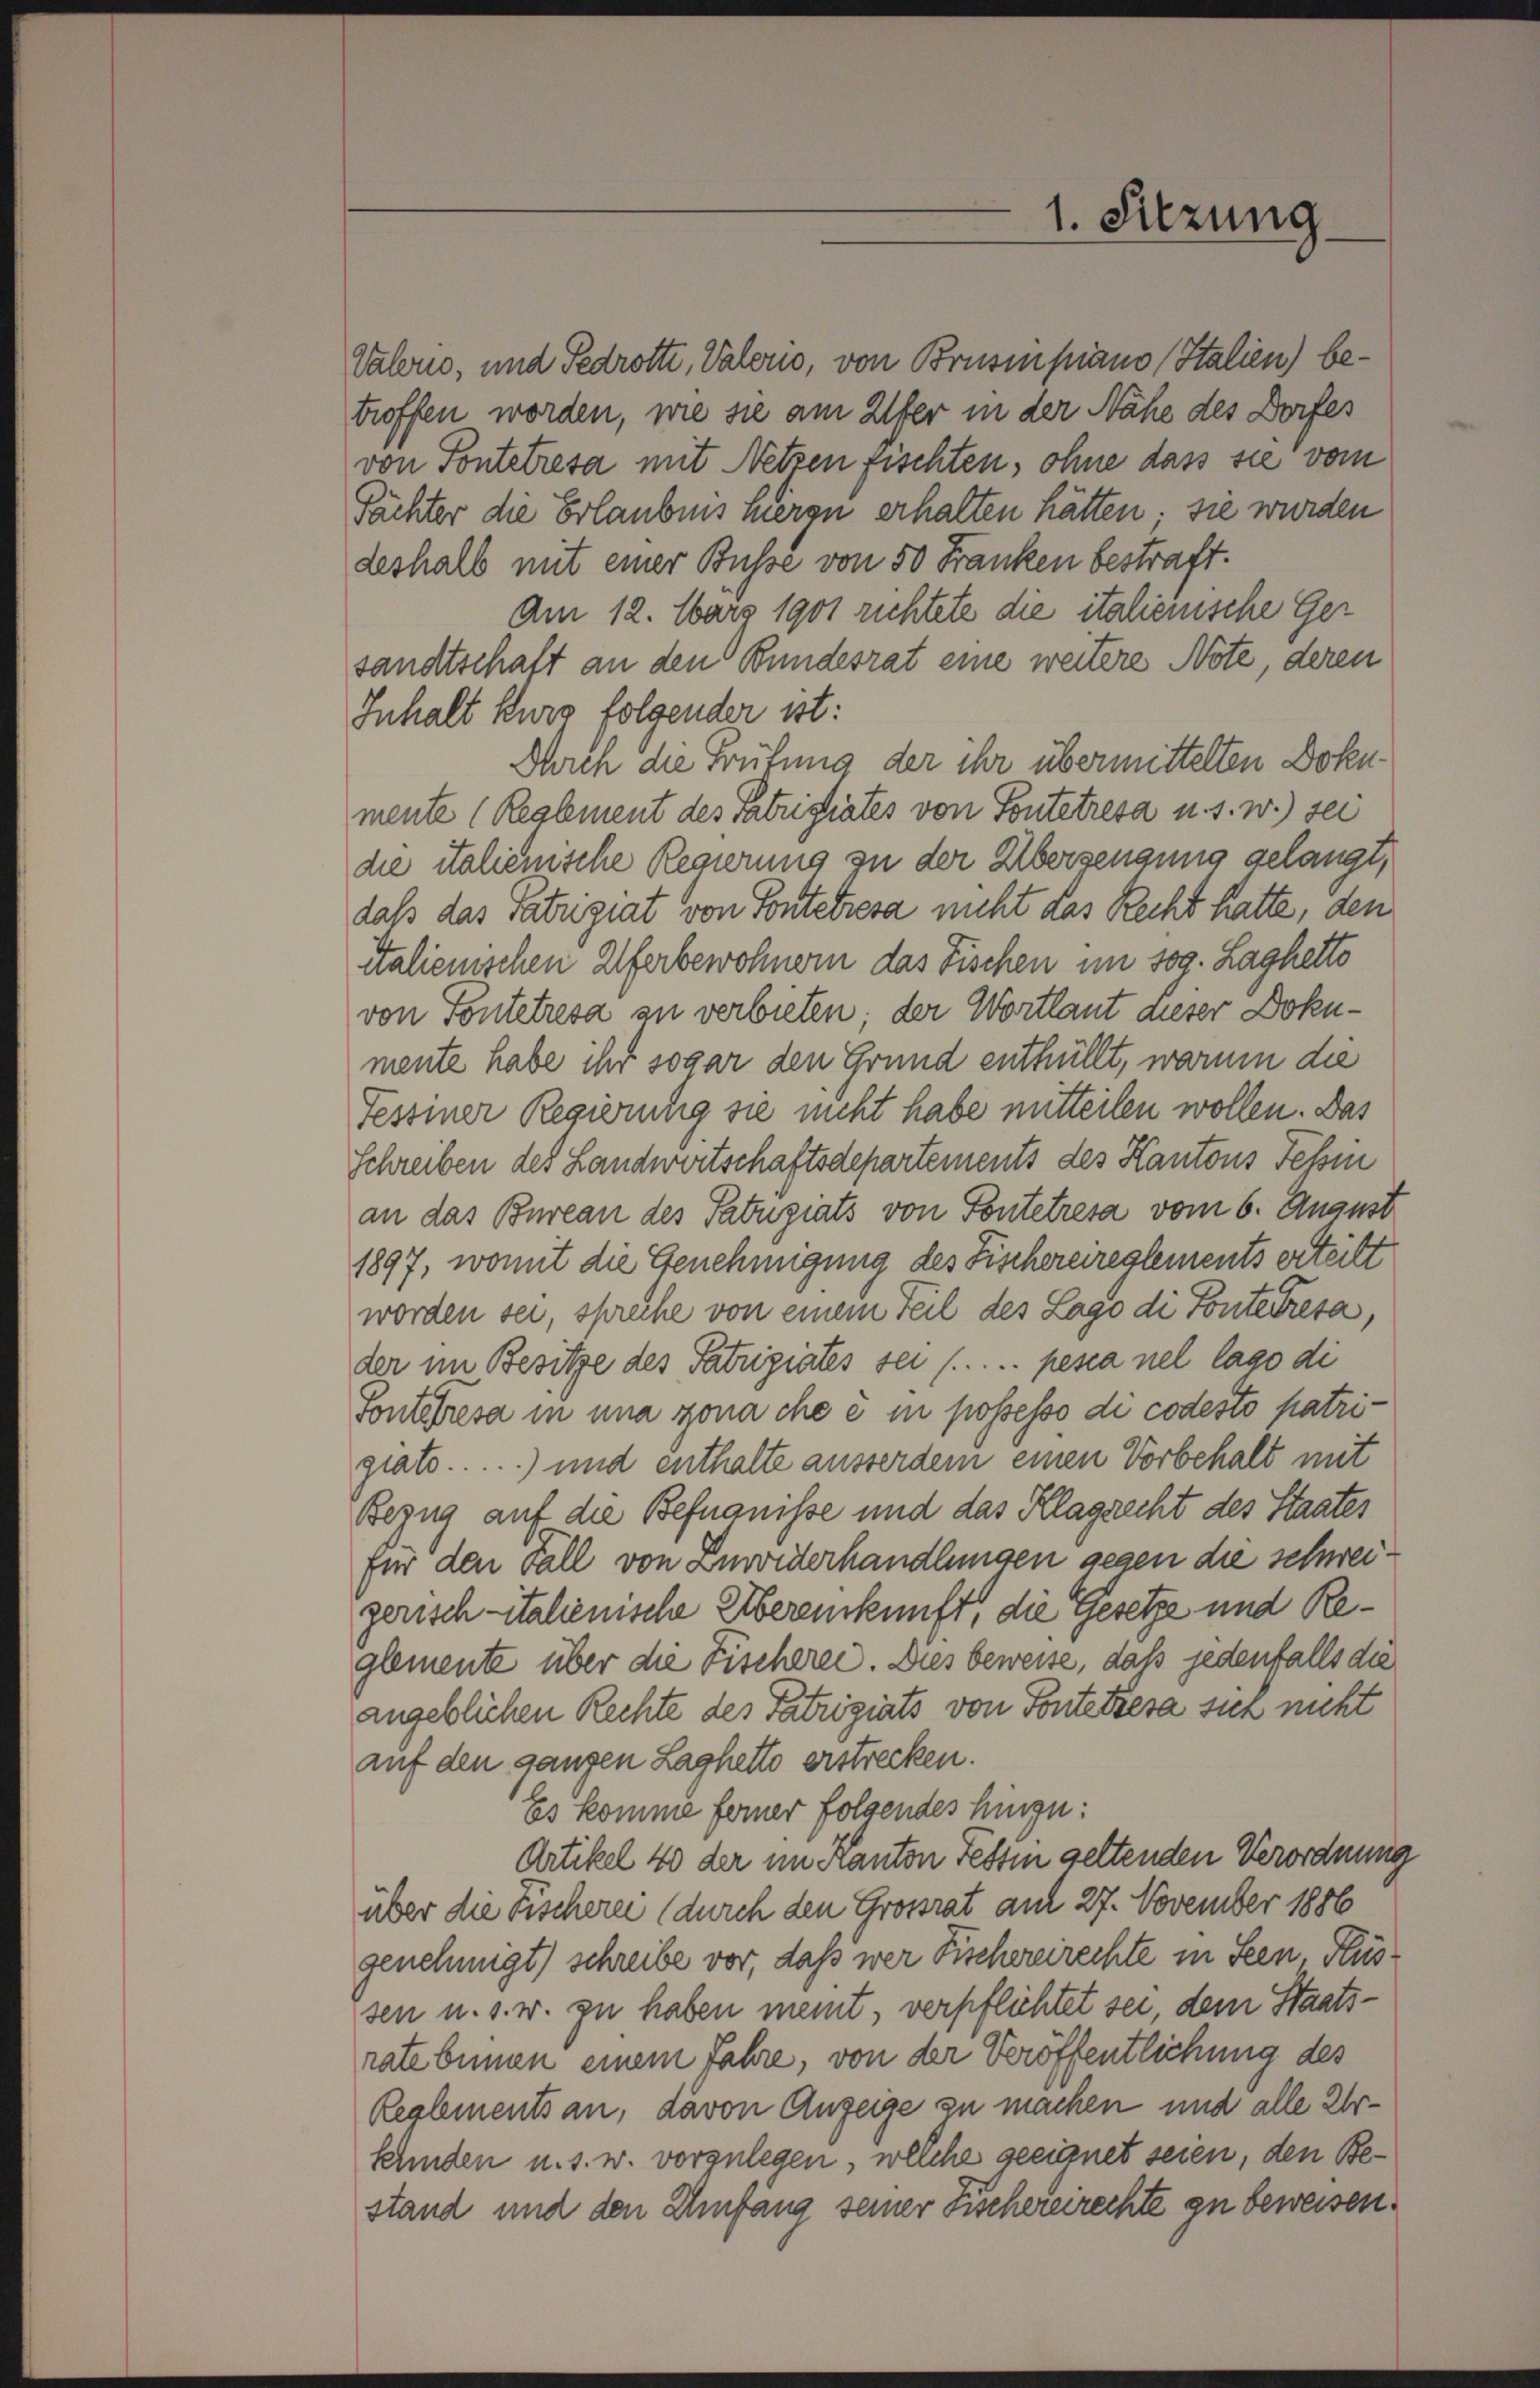
troffen worden, wie sie am Ufer in der Nähe des Dorfes

deshalb mit einer Busse von 50 Franken bestraft.
Am 12. März 1901 richtete die italienische Ger
tandtschaft an den Bundesrat eine weitere Note, deren
Inhalt kurs folgender ist:
Durch die Prüfung der ihr übermittelten Doku-
mente (Reglement des ratristiates von Pontetresa u. s. w.) sei
die italienische Regierung zu der Überzeugung gelangt,
daß das Patriguat von Fonteresa nicht das Recht hatte, den
italienischen Uferbewohnern das Fischen im sog. Laghetto
von Pontetresa an verbieten; der Wortlaut dieser Dokumente habe ihr sogar den Grund enthüllt, warum die
Tessiner Regierung sie nicht habe mitteilen wollen. Das
Schreiben des Landwertschaftsdepartements des Kantons Fehin
an das Bureau des Satugiats von Pontetresa vom 6. August
1897, womit die Genehmigung des Fischereireglements erteilt
worden sei, spreche von einem Teil des Lago di Ponterresa,
der im Besitze des Patriziates sei (..... pessa nel lago di
Sonteresa in una sona che ein possesso di codesto patrigiats.....) und enthalte ausserdem einen Vorbehalt mit
Bezug auf die Befugnisse und das Klagrecht des Staates
für den Fall von Zuwiderhandlungen gegen die schweigerisch italienische Übereinkunft, die Gesetze und Reglemente über die Fischerei. Dies beweise, daß jedenfalls die
angeblichen Rechte des Patriziats von Fontettera sich nicht
auf den ganzen Laghette erstrecken.
Es komme ferner folgendes hinge:
Artikel 40 der im Kanton Fessen geltenden Verordnung
über die Fischerei (durch den Grossrat am 27. November 1886
genehmigt) schreibe vor, daß wer Fischereirechte in Seen, Klussen u. s. w. zu haben meint, verpflichtet sei, dem Staatsrate binnen einem Jahre, von der Veröffentlichung des
Reglements an, davon Anzeige zu machen und alle Urkunden u. s. w. vorzulegen, welche geeignet seien, den Bestand und den Umfang seiner Fischereirechte zu beweisen.

1. Sitzung

Valoro, und Fedrotte, Vaterio, von Brusipiano Italien) bevon Sontetresa mit Netzen fischten, ohne dass sie vom
Tächter die Erlaubnis herge erhalten hätten; sie wurden